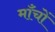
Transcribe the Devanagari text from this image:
माँचों